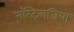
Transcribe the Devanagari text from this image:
नॉस्टेलजिया